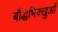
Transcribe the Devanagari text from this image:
बौद्धभिक्खुओं